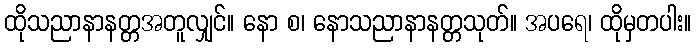
ထိုသညာနာနတ္တအတူလျှင်။ နော စ၊ နောသညာနာနတ္တသုတ်။ အပရေ၊ ထိုမှတပါး။